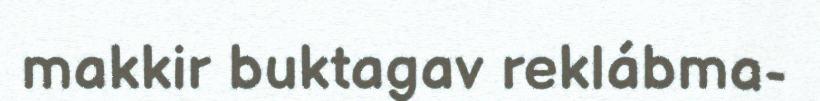
makkir buktagav reklábma-